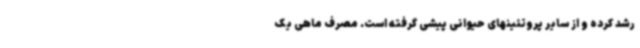
رشد کرده و از سایر پروتئینهای حیوانی پیشی گرفته است. مصرف ماهی یک